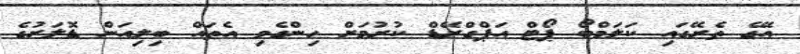
އޭގެ ތެރޭގައި ކަލަމްބޯ ޕޯޓް އަޕްގްރޭޑް ކުރުމަށް ހިންގެވި އެތައް ބިލިއަން ޑޮލަރުގެ